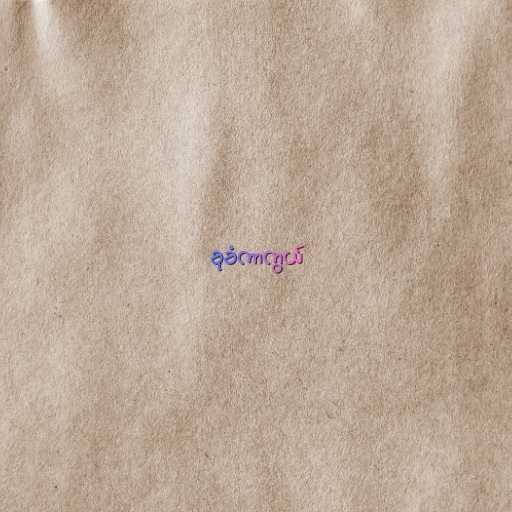
ခုခံကာကွယ်